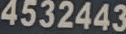
4532443